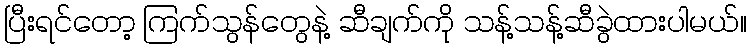
ပြီးရင်တော့ ကြက်သွန်တွေနဲ့ ဆီချက်ကို သန့်သန့်ဆီခွဲထားပါမယ်။